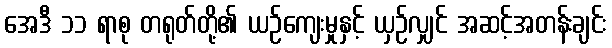
အေဒီ ၁၁ ရာစု တရုတ်တို့၏ ယဉ်ကျေးမှုနှင့် ယှဉ်လျှင် အဆင့်အတန်းချင်း